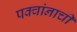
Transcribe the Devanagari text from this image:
पक्वांनाची